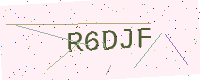
Text: R6DJF